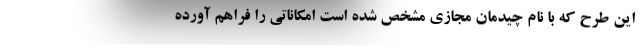
این طرح که با نام چیدمان مجازی مشخص شده است امکاناتی را فراهم آورده